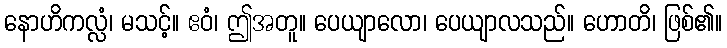
နောဟိကလ္လံ၊ မသင့်။ ဧဝံ၊ ဤအတူ။ ပေယျာလော၊ ပေယျာလသည်။ ဟောတိ၊ ဖြစ်၏။